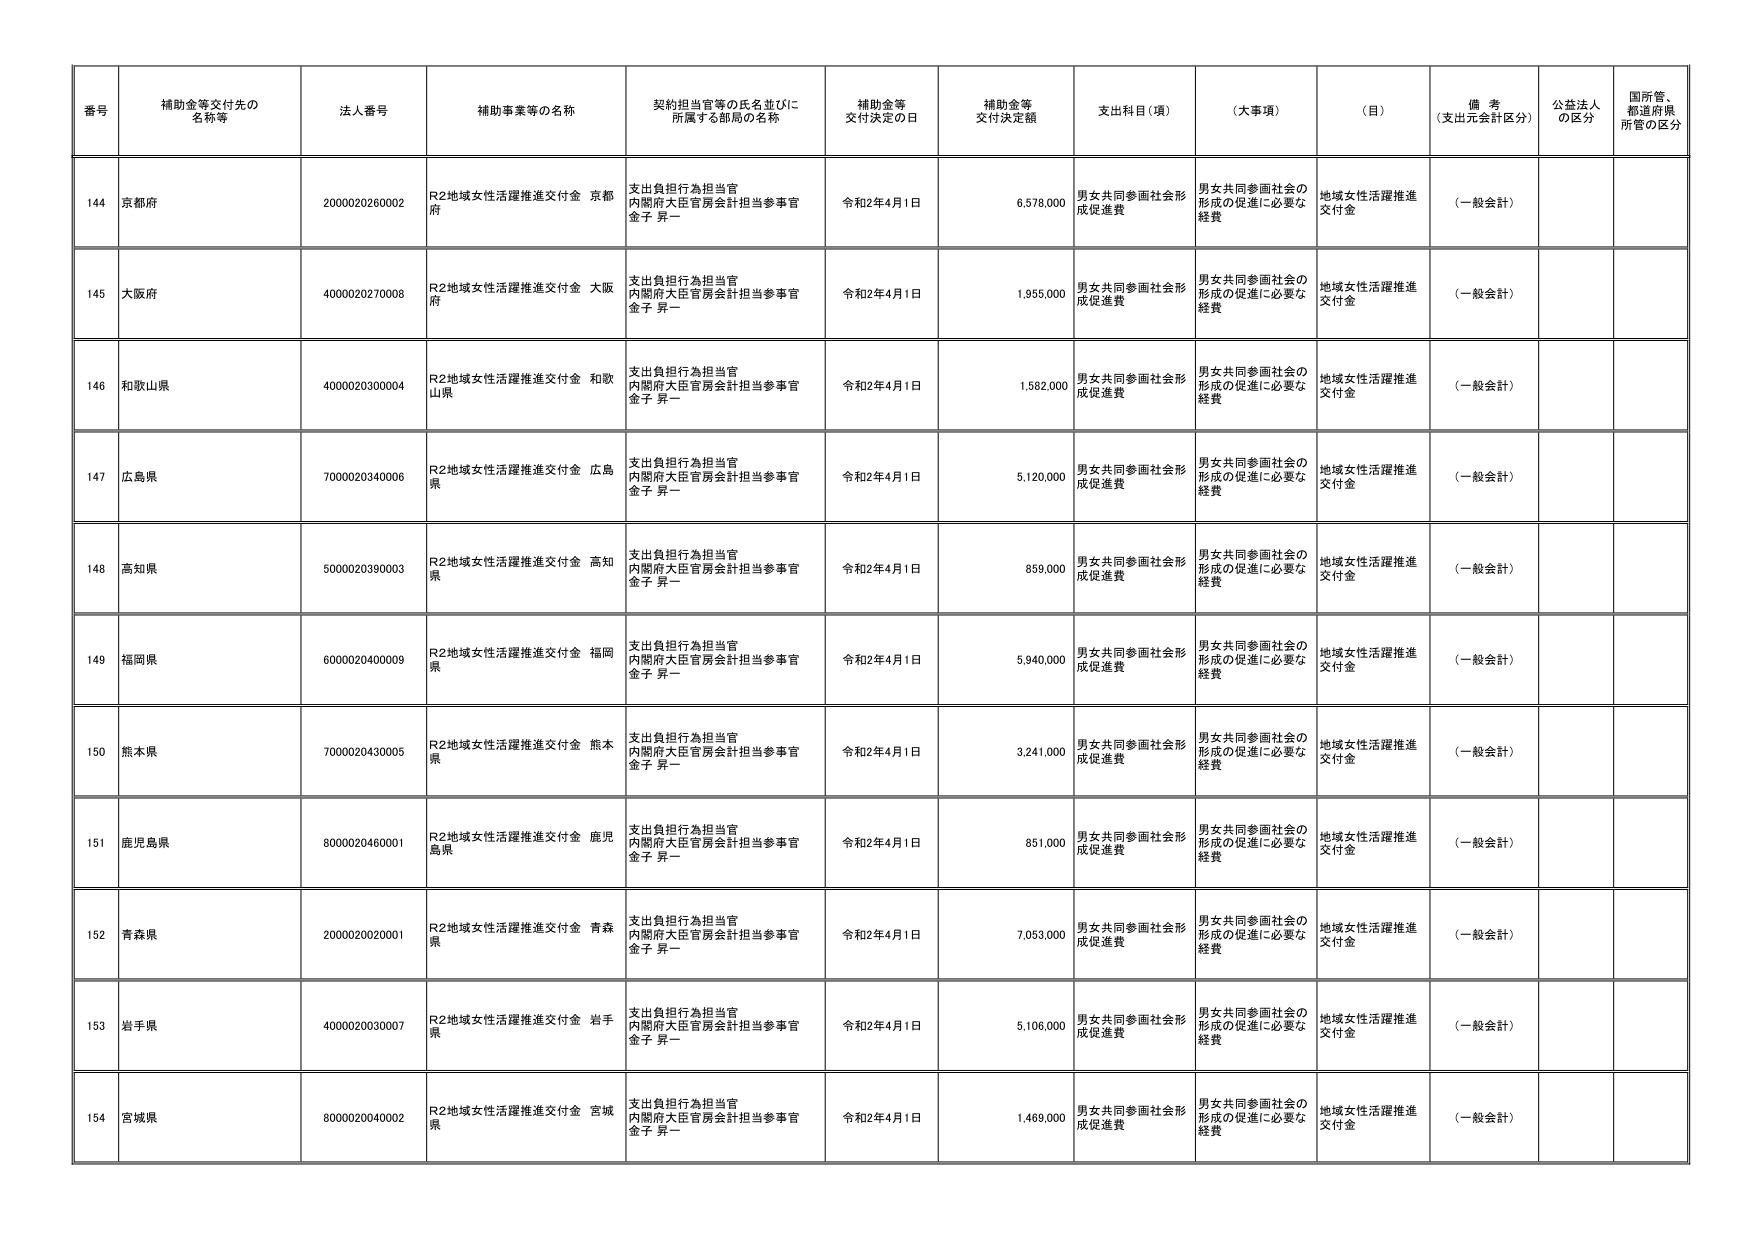
番号 補助金等交付先の名称等 法人番号 補助事業等の名称 契約担当官等の氏名並びに所属する部局の名称 補助金等交付決定の日 補助金等交付決定額 支出科目（項） （大事項） （目） 備考（支出元会計区分） 公益法人の区分 国所管、都道府県所管の区分
144 京都府 2000020260002 R2地域女性活躍推進交付金 京都府 支出負担行為担当官 内閣府大臣官房会計担当参事官 金子 昇一 令和2年4月1日 6,578,000 男女共同参画社会形成促進費 男女共同参画社会の形成の促進に必要な経費 地域女性活躍推進交付金 （一般会計）
145 大阪府 4000020270008 R2地域女性活躍推進交付金 大阪府 支出負担行為担当官 内閣府大臣官房会計担当参事官 金子 昇一 令和2年4月1日 1,955,000 男女共同参画社会形成促進費 男女共同参画社会の形成の促進に必要な経費 地域女性活躍推進交付金 （一般会計）
146 和歌山県 4000020300004 R2地域女性活躍推進交付金 和歌山県 支出負担行為担当官 内閣府大臣官房会計担当参事官 金子 昇一 令和2年4月1日 1,582,000 男女共同参画社会形成促進費 男女共同参画社会の形成の促進に必要な経費 地域女性活躍推進交付金 （一般会計）
147 広島県 7000020340006 R2地域女性活躍推進交付金 広島県 支出負担行為担当官 内閣府大臣官房会計担当参事官 金子 昇一 令和2年4月1日 5,120,000 男女共同参画社会形成促進費 男女共同参画社会の形成の促進に必要な経費 地域女性活躍推進交付金 （一般会計）
148 高知県 5000020390003 R2地域女性活躍推進交付金 高知県 支出負担行為担当官 内閣府大臣官房会計担当参事官 金子 昇一 令和2年4月1日 859,000 男女共同参画社会形成促進費 男女共同参画社会の形成の促進に必要な経費 地域女性活躍推進交付金 （一般会計）
149 福岡県 6000020400009 R2地域女性活躍推進交付金 福岡県 支出負担行為担当官 内閣府大臣官房会計担当参事官 金子 昇一 令和2年4月1日 5,940,000 男女共同参画社会形成促進費 男女共同参画社会の形成の促進に必要な経費 地域女性活躍推進交付金 （一般会計）
150 熊本県 7000020430005 R2地域女性活躍推進交付金 熊本県 支出負担行為担当官 内閣府大臣官房会計担当参事官 金子 昇一 令和2年4月1日 3,241,000 男女共同参画社会形成促進費 男女共同参画社会の形成の促進に必要な経費 地域女性活躍推進交付金 （一般会計）
151 鹿児島県 8000020460001 R2地域女性活躍推進交付金 鹿児島県 支出負担行為担当官 内閣府大臣官房会計担当参事官 金子 昇一 令和2年4月1日 851,000 男女共同参画社会形成促進費 男女共同参画社会の形成の促進に必要な経費 地域女性活躍推進交付金 （一般会計）
152 青森県 2000020020001 R2地域女性活躍推進交付金 青森県 支出負担行為担当官 内閣府大臣官房会計担当参事官 金子 昇一 令和2年4月1日 7,053,000 男女共同参画社会形成促進費 男女共同参画社会の形成の促進に必要な経費 地域女性活躍推進交付金 （一般会計）
153 岩手県 4000020030007 R2地域女性活躍推進交付金 岩手県 支出負担行為担当官 内閣府大臣官房会計担当参事官 金子 昇一 令和2年4月1日 5,106,000 男女共同参画社会形成促進費 男女共同参画社会の形成の促進に必要な経費 地域女性活躍推進交付金 （一般会計）
154 宮城県 8000020040002 R2地域女性活躍推進交付金 宮城県 支出負担行為担当官 内閣府大臣官房会計担当参事官 金子 昇一 令和2年4月1日 1,469,000 男女共同参画社会形成促進費 男女共同参画社会の形成の促進に必要な経費 地域女性活躍推進交付金 （一般会計）